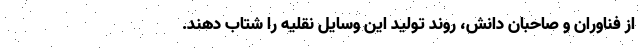
از فناوران و صاحبان دانش، روند تولید این وسایل نقلیه را شتاب دهند.